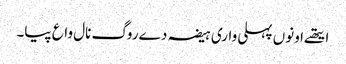
ایتھے اونوں پہلی واری ہیضہ دے روگ نال واع پیا۔